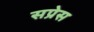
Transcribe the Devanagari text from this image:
सप्रेस